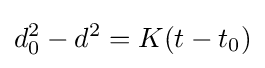
d_{0}^{2}-d^{2}=K(t-t_{0})